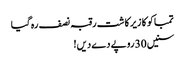
تمباکو کا زیر کاشت رقبہ نصف رہ گیا
سنیں 30 روپے دے دیں!